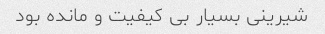
شیرینی بسیار بی کیفیت و مانده بود